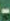
-